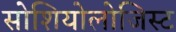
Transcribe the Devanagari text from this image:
सोशियोलोजिस्ट